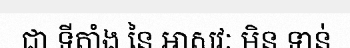
ជា ទីតាំង នៃ អាសវៈ មិន ទាន់